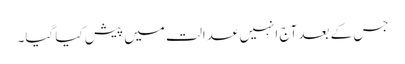
جس کے بعد آج انہیں عدالت میں پیش کیا گیا۔